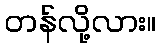
တန်လို့လား။